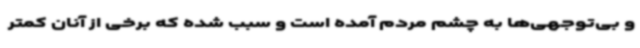
و بی‌توجهی‌ها به چشم مردم آمده است و سبب شده که برخی از آنان کمتر